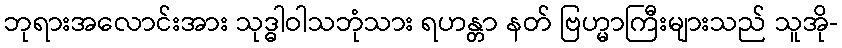
ဘုရားအလောင်းအား သုဒ္ဓါဝါသဘုံသား ရဟန္တာ နတ် ဗြဟ္မာကြီးများသည် သူအို-